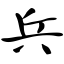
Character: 兵